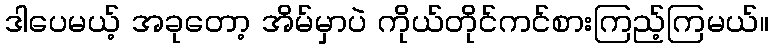
ဒါပေမယ့် အခုတော့ အိမ်မှာပဲ ကိုယ်တိုင်ကင်စားကြည့်ကြမယ်။